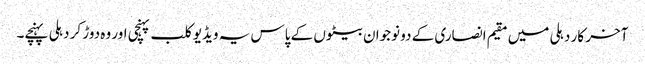
آخر کار دہلی میں مقیم انصاری کے دو نوجوان بیٹوں کے پاس یہ ویڈیو کلب پہنچی اور وہ دوڑ کر دہلی پہنچے۔